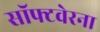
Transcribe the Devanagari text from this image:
सॉफ्टवेरना